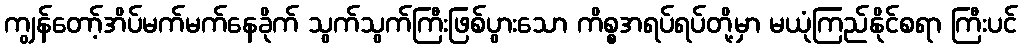
ကျွန်တော့်အိပ်မက်မက်နေခိုက် သွက်သွက်ကြီးဖြစ်ပွားသော ကိစ္စအရပ်ရပ်တို့မှာ မယုံကြည်နိုင်စရာ ကြီးပင်